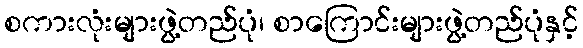
စကားလုံးများဖွဲ့တည်ပုံ၊ စာကြောင်းများဖွဲ့တည်ပုံနှင့်